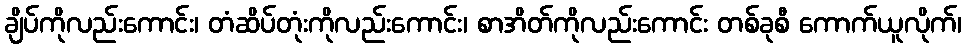
ချိပ်ကိုလည်းကောင်း၊ တံဆိပ်တုံးကိုလည်းကောင်း၊ စာအိတ်ကိုလည်းကောင်း တစ်ခုစီ ကောက်ယူလိုက်၊